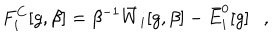
LaTeX: F _ { i } ^ { C } [ g , \beta ] = \beta ^ { - 1 } \bar { W } _ { i } [ g , \beta ] - \bar { E } _ { i } ^ { 0 } [ g ] ,